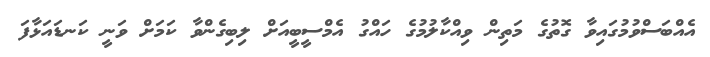
އެއްބަސްވުމުގައިވާ ގޮތުގެ މަތިން ވިއްކާލުމުގެ ހައްގު އެމްސީބީއަށް ލިބިގެންވާ ކަމަށް ވަނީ ކަނޑައަޅާފަ